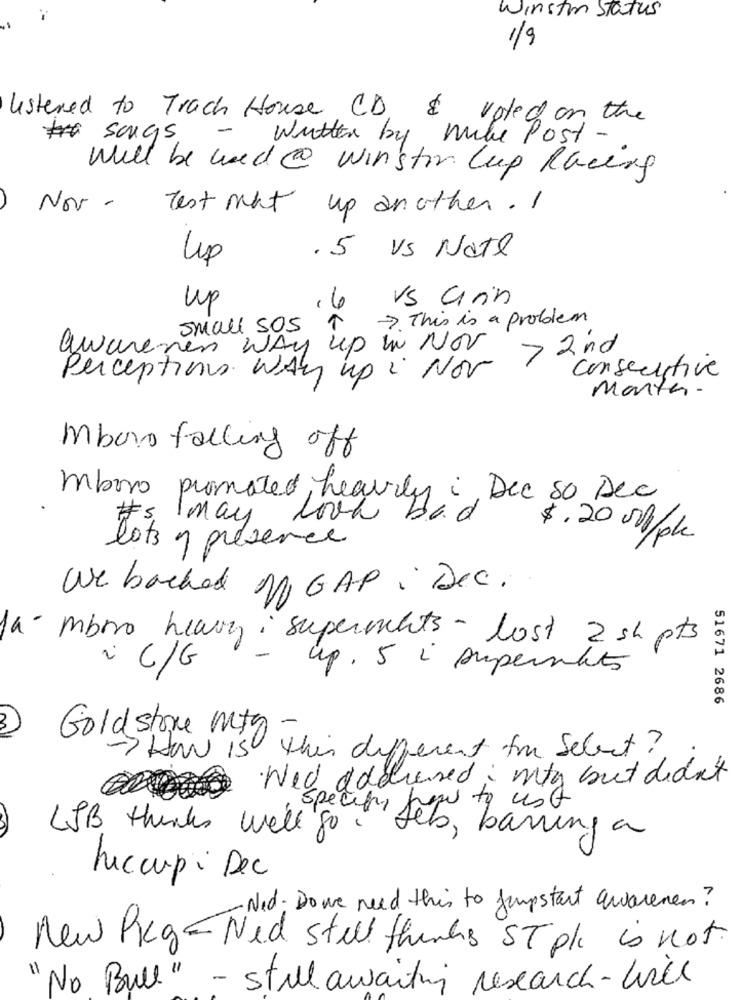
Winston Status
1/9
listened to Track House CD &
voted on the
#songs
written by mike Post-
Will be used @ winston Cup Racers
Nov-
Test mat
up an other . I
up
.5 Vs Nate
16 VS Cinin
up
-7. This is a problem
Small SOS
awarenen WAY up In NOV
> 2nd
Perceptions. WAY up : Nov
consecutive
Manter.
Mbora falling off
mboro promoted, heavily i Dec so Dec
look bad
1may
$.20 0Ml/pl
lots y presence
We backed m GAP : Dec.
ambro heavy : superments - lost 2sh pts
-
¿ C/G
up. 5 i supernats
51671 2686
Goldstone mig
-> How is this different for Select?
Wed addressed; mty but didn't
LSB thanks well go Seb, barring a
hiccupi Dec
·Ned: Dowe need this to jumpstart awarenen?
New Pkg- Ned stell thinks ST plc is not
"No Bull" - still awaiting research- will